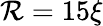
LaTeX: \mathcal{R}=15\xi